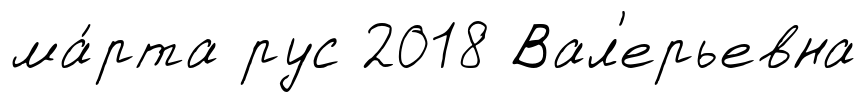
ма́рта рус 2018 Вал'ерьевна